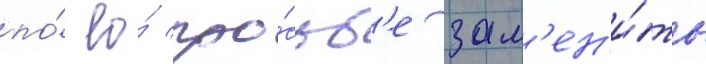
по́ ео́ про́сьб'е зам'ен'и́ть